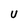
Character: U